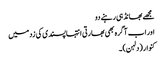
مجھے بھانڈ ہی رہنے دو
اور اب آگرہ بھی بھارتی انتہاپسندی کی زد میں
کنوار (دلہن)۔